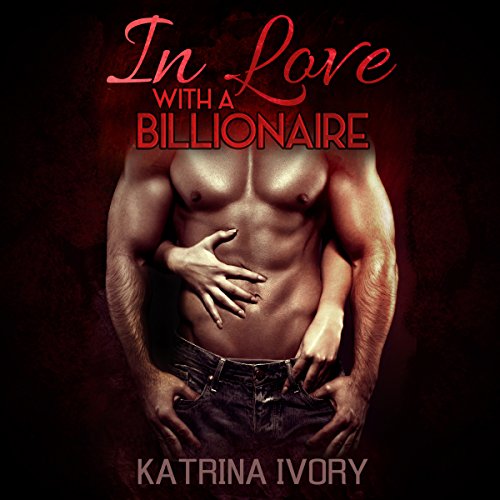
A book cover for In Love with a Billionaire: Billionaire Romance Short Stories; Katrina Ivory; Literature & Fiction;